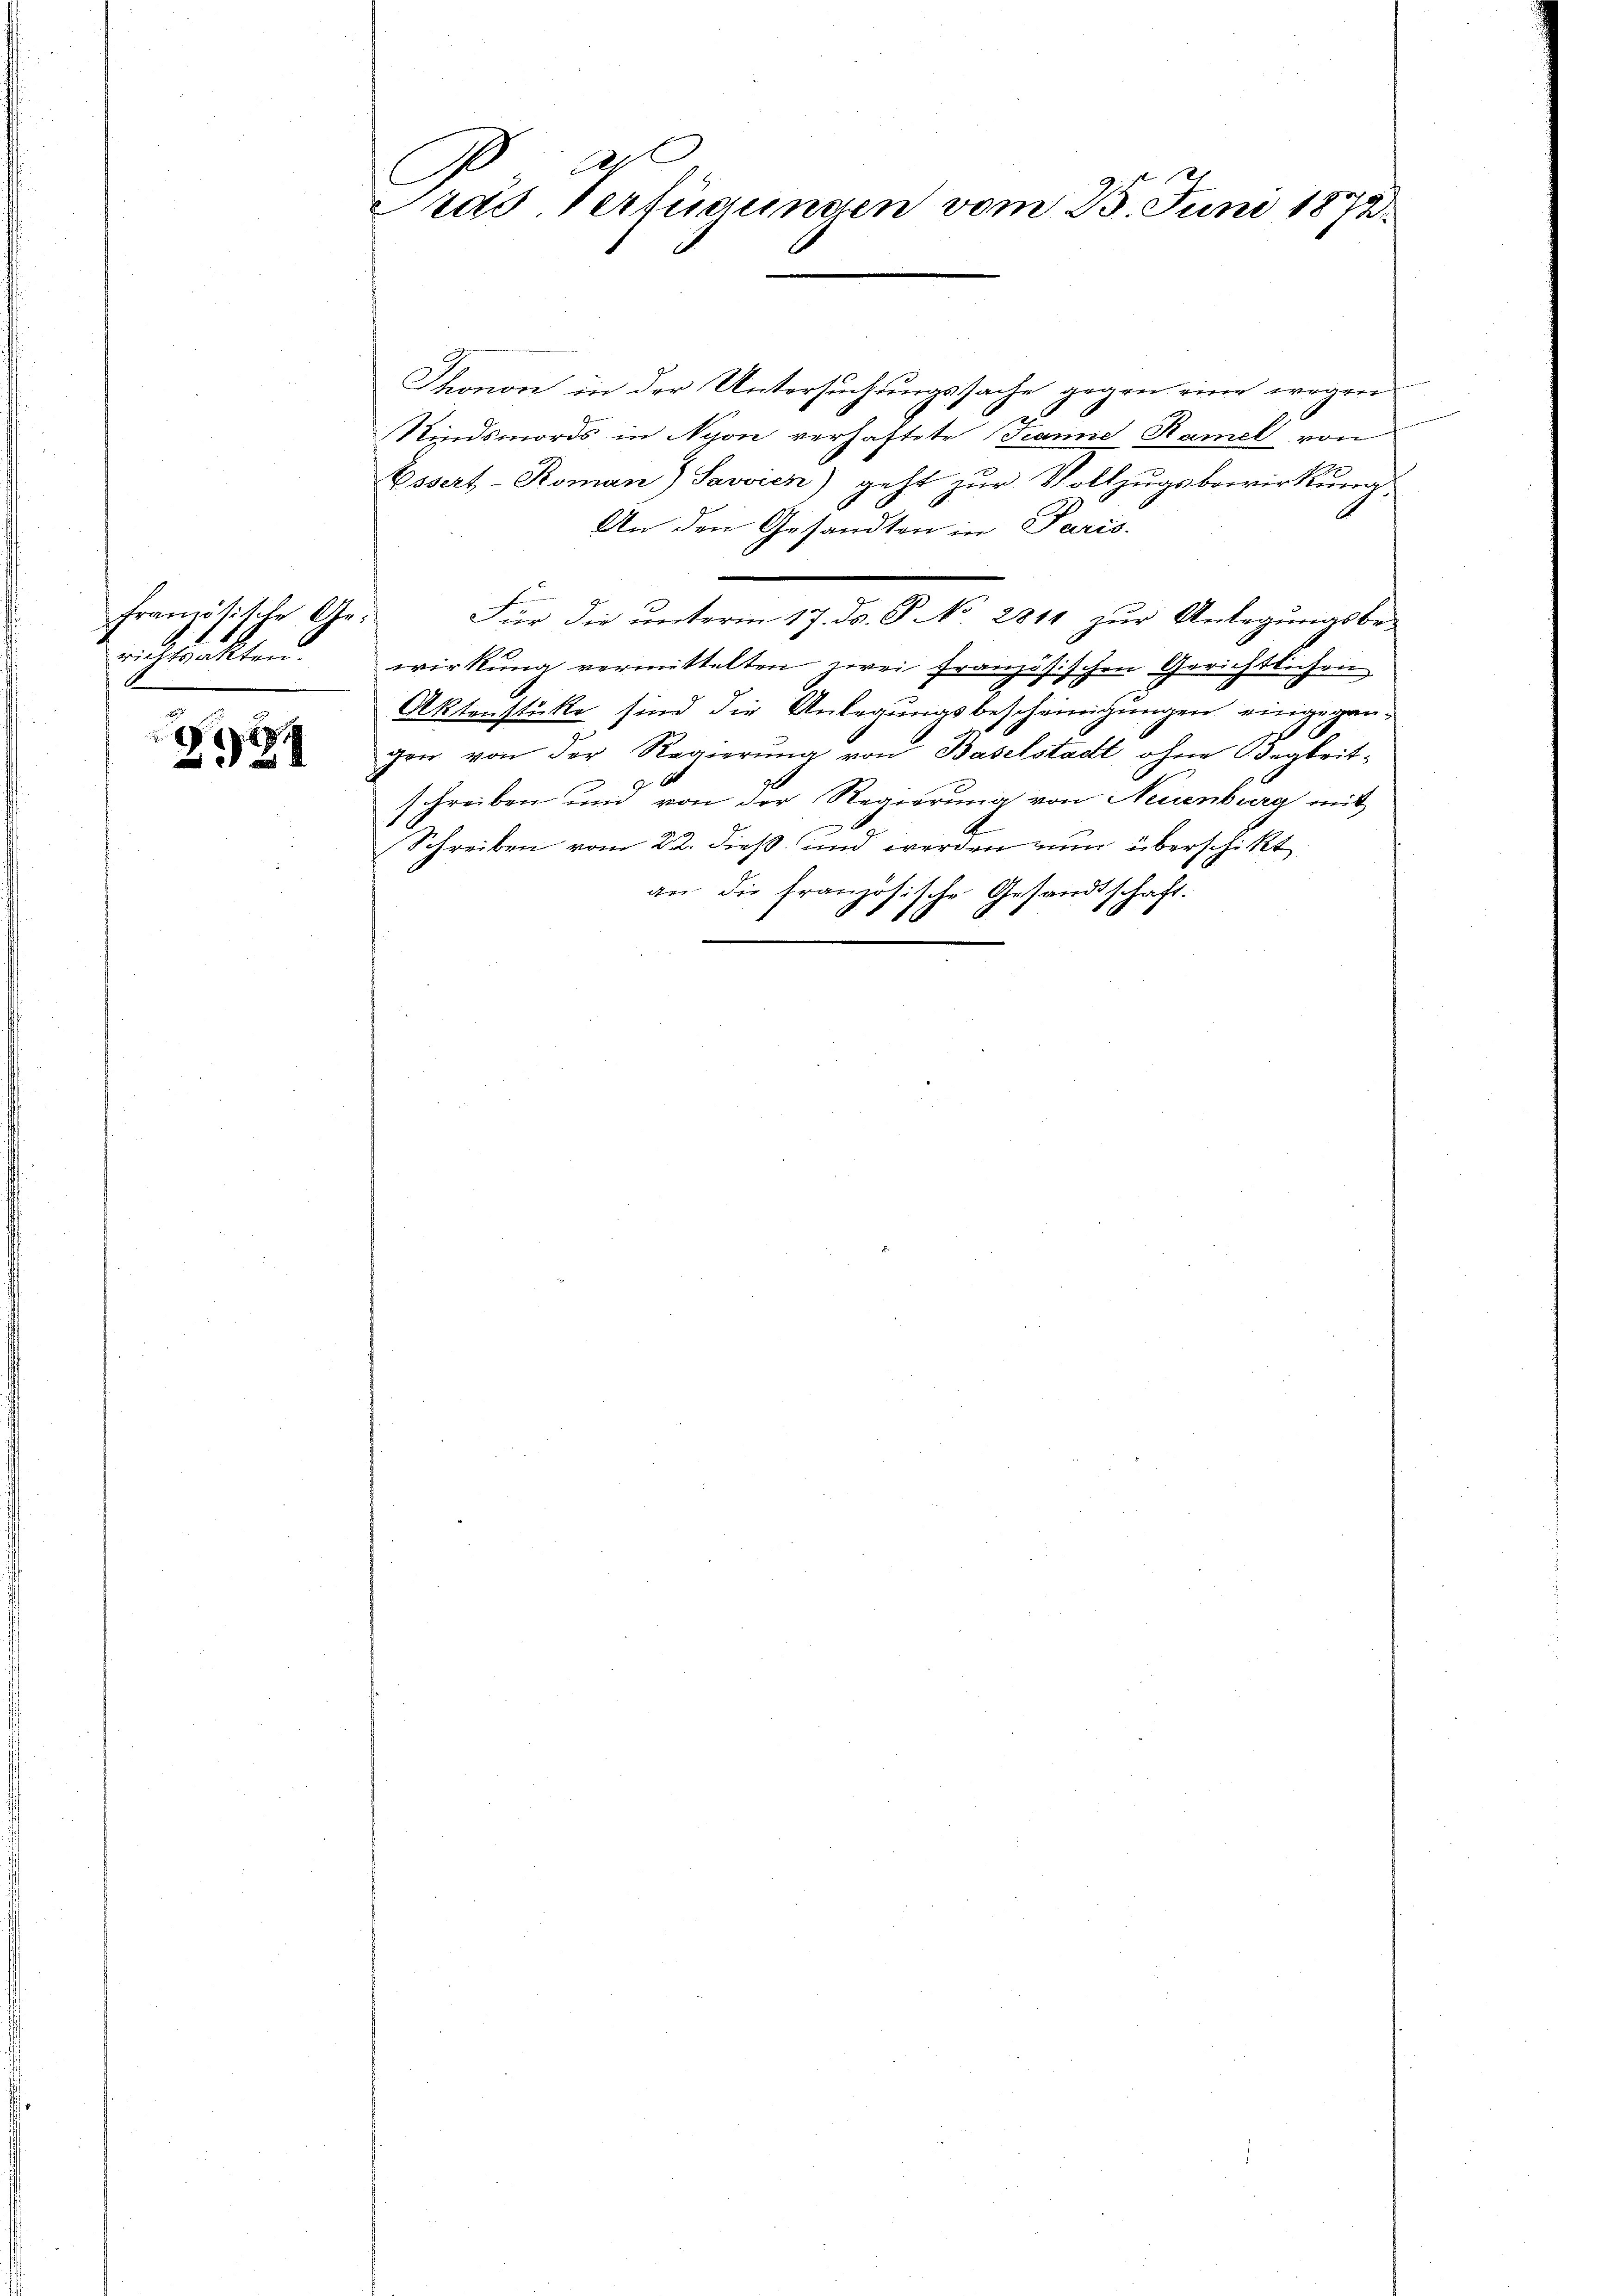
französische Gerichtrakten.

1

Thonon in der Untersuchungssache gegen eine wegen
x
Kindsmords in Nyon verhaftete Tanne Hamel von
Essert-Roman) Savvien) geht zur Vollzugsbewirkung
An den Gesandten in Paris.
Für die unterm 17. ds. S. No. 2811 zur Anlegungsbe-
wirkung vermittelten, wei französischen Gerichtlichen
Aktenstücke sind die Anlegungsbescheinigungen eingegangen von der Regierung von Baselstadt ohne degleitschreiben und von der Regierŭng von Neuenburg mit
Schreiben vom 22. dieß und werden nun überschikt
an die Frantische Gesandtschaft.
§ § 19

l
Pras Verfügungen vom 25. Juni 1873.